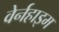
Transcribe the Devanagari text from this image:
वेर्नहाइम